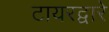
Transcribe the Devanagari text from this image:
टायरद्वारे